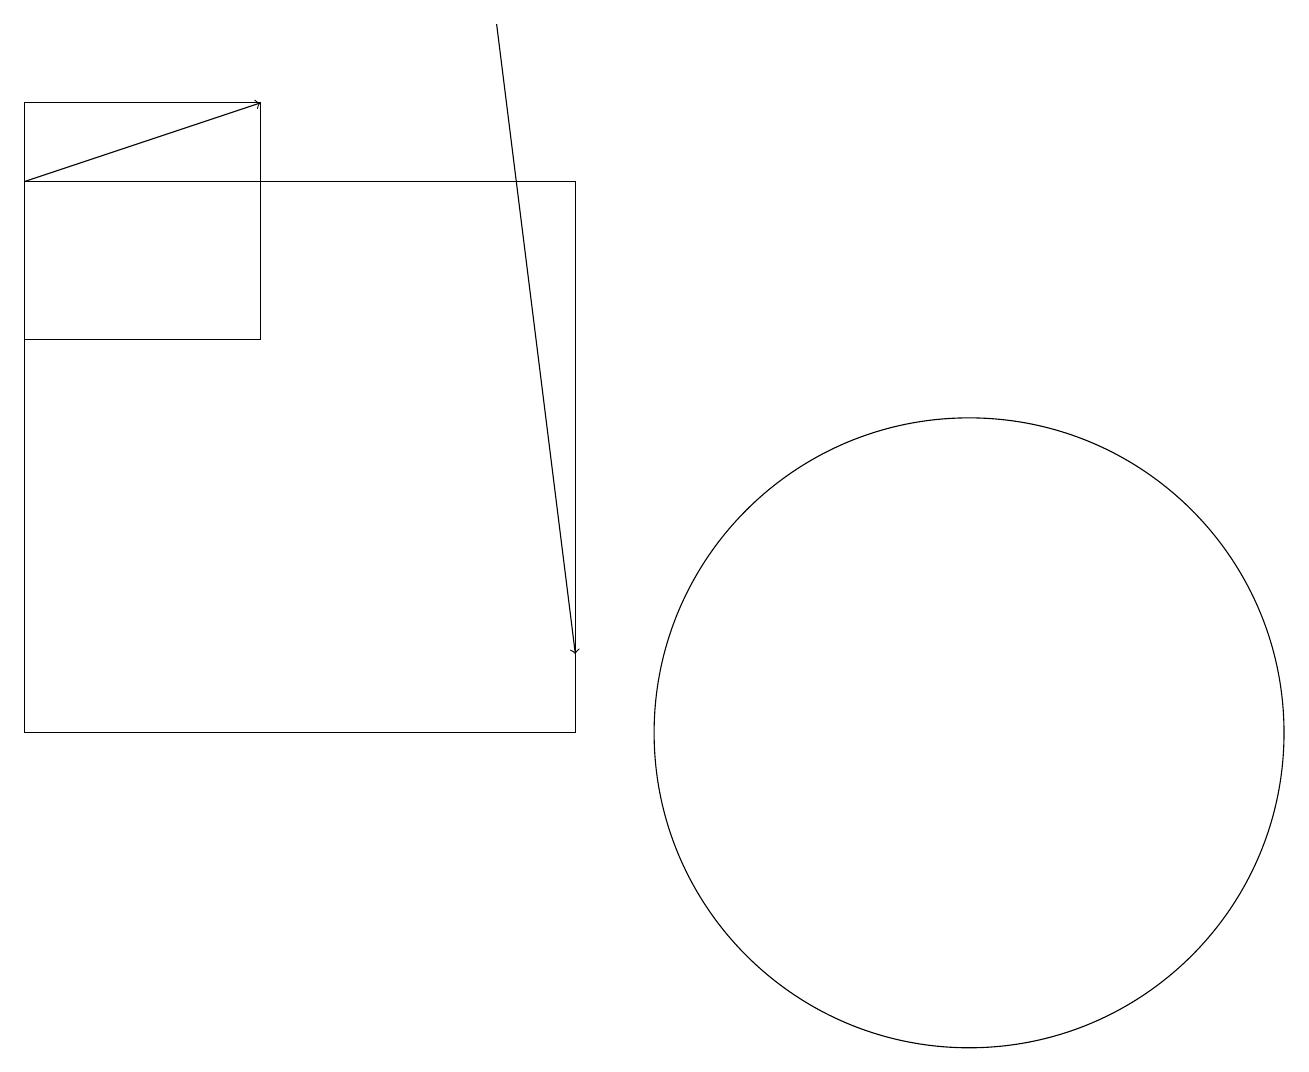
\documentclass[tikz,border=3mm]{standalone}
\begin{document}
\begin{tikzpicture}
\draw[->] (0,17) -- (3,18);
\draw (12,10) circle (4);
\draw (7,10) rectangle (0,17);
\draw[->] (6,19) -- (7,11);
\draw (3,18) rectangle (0,15);
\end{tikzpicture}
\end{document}